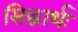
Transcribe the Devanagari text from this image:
सिद्धार्थः